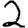
Digit: 2